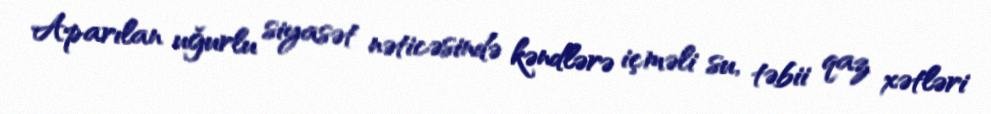
Aparılan uğurlu siyasət nəticəsində kəndlərə içməli su, təbii qaz xətləri